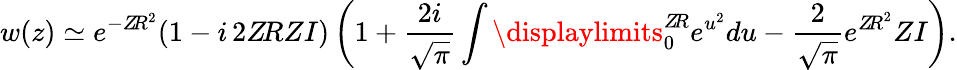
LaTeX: w(z)\simeq e^{-Z\! R^{2}}(1-i\, 2Z\! RZI)\left(1+\frac{2i}{\sqrt{\pi}}\int\displaylimits_{0}^{Z\! R}e^{u^{2}}du-\frac{2}{\sqrt{\pi}}e^{{Z\! R}^{2}}ZI\right).